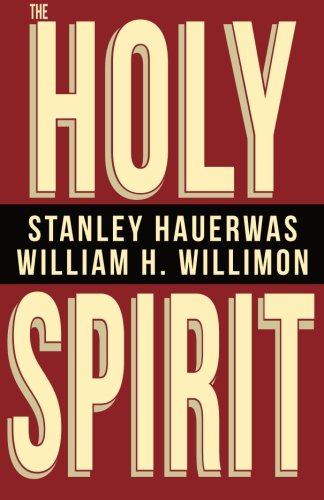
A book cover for The Holy Spirit; Stanley Hauerwas; Christian Books & Bibles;